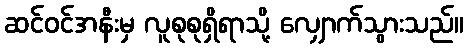
ဆင်ဝင်အနီးမှ လူစုစုရှိရာသို့ လျှောက်သွားသည်။